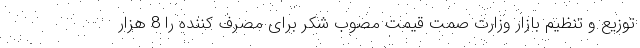
توزیع و تنظیم بازار وزارت صمت قیمت مصوب شکر برای مصرف کننده را 8 هزار